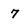
Character: 7